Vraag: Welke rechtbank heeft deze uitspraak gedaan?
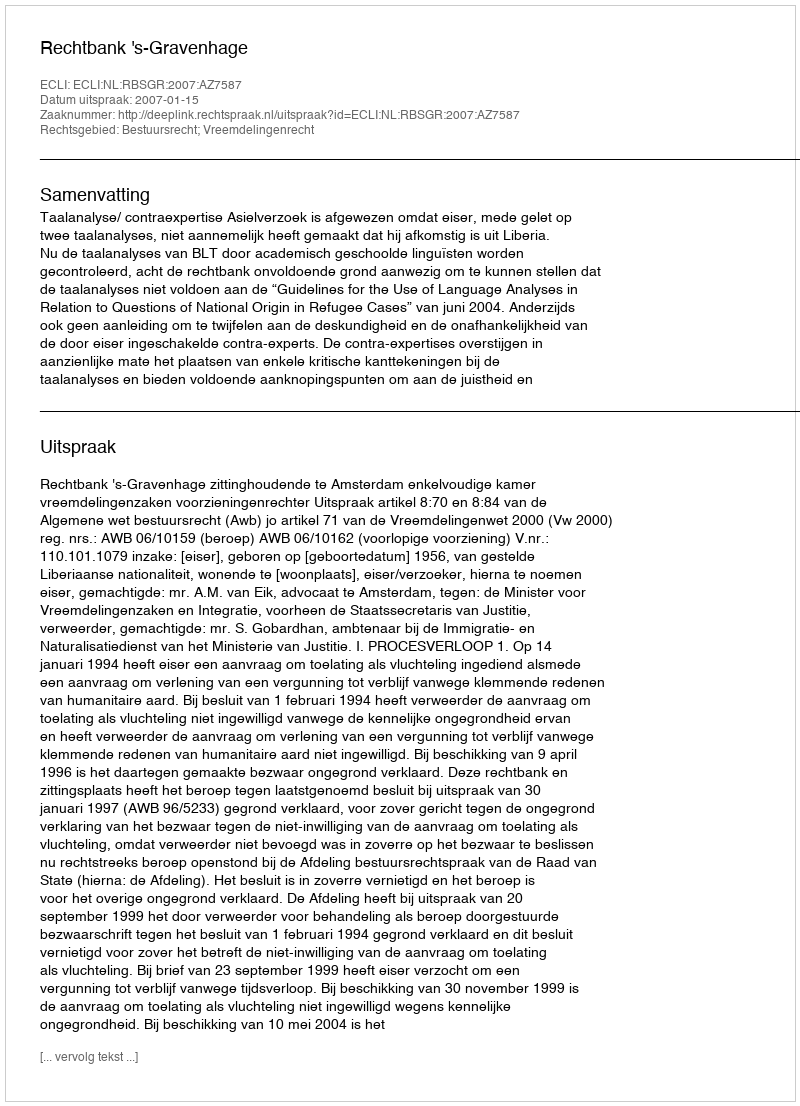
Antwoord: Rechtbank 's-Gravenhage